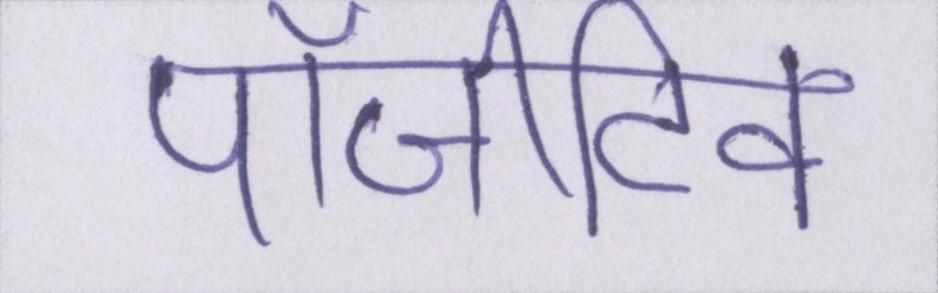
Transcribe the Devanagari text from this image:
पॉजीटिव